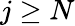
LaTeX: j\geq N